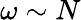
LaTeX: \omega\sim N